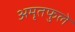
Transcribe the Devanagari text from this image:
अमृतफुले